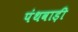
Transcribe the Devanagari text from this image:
पंथवाड़ी